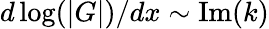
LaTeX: {d\log(|G|)}/{dx}\sim\mathrm{Im}(k)